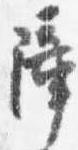
障